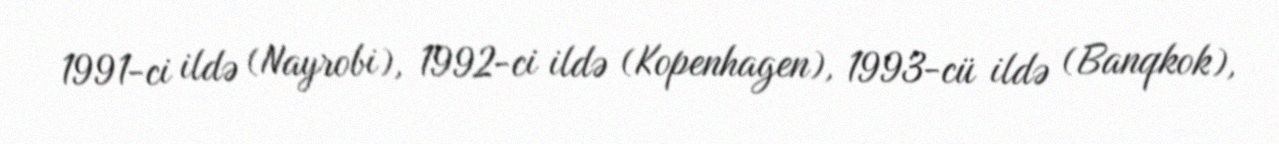
1991-ci ildə (Nayrobi), 1992-ci ildə (Kopenhagen), 1993-cü ildə (Banqkok),